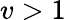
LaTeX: v>1